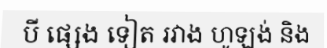
បី ផ្សេង ទៀត រវាង ហូឡង់ និង